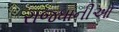
રાજધાનીઓ